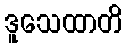
ဒူသေထာတိ